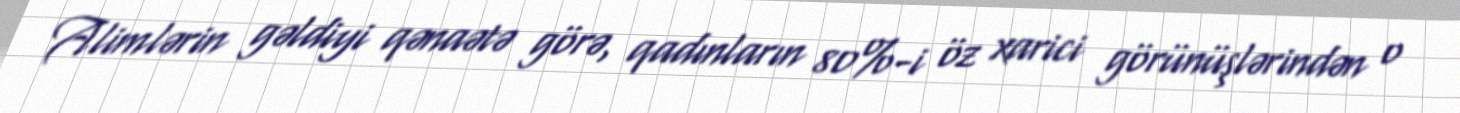
Alimlərin gəldiyi qənaətə görə, qadınların 80%-i öz xarici görünüşlərindən o